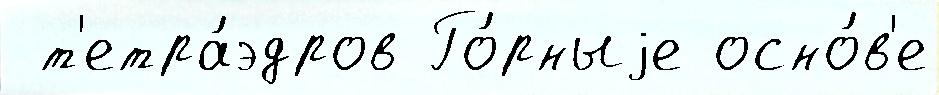
 т'етра́эдров Го́рныjе осно́в'е